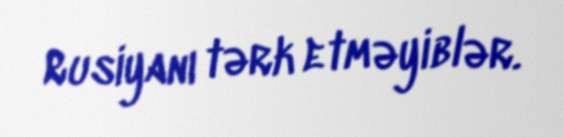
Rusiyanı tərk etməyiblər.